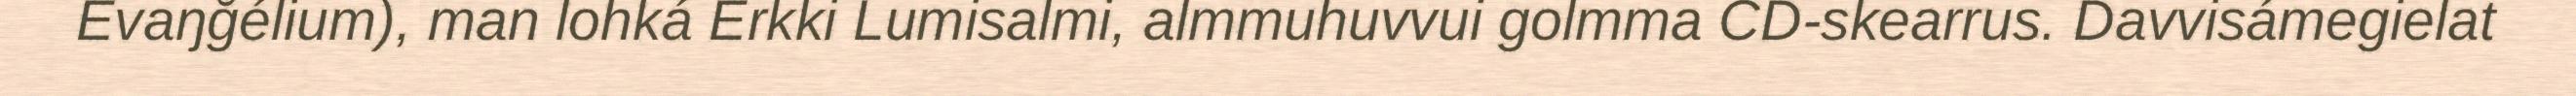
Evaŋğélium), man lohká Erkki Lumisalmi, almmuhuvvui golmma CD-skearrus. Davvisámegielat